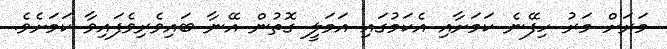
މަރަށް މަރު ހިފޭނެ ކަމަށާއި އެކަމުގައި އަމަލީ ގޮތުން އޭނާ ބައިވެރިވެފައިވާ ކަމަށެވެ.